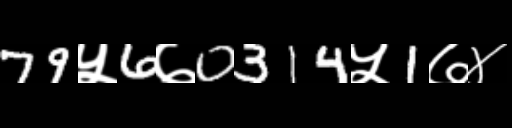
Text: 79५6७0314५1७४